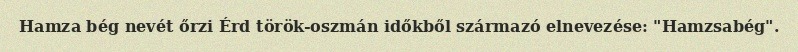
Hamza bég nevét őrzi Érd török-oszmán időkből származó elnevezése: "Hamzsabég".